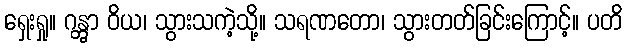
ရှေးရှု။ ဂန္တွာ ဝိယ၊ သွားသကဲ့သို့။ သရဏတော၊ သွားတတ်ခြင်းကြောင့်။ ပတိ